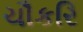
ચૌકરિ